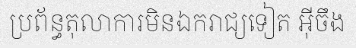
ប្រព័ន្ធតុលាការមិនឯករាជ្យទៀត អ៊ីចឹង